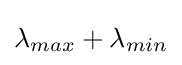
\lambda _{max}+\lambda _{min}